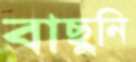
বাছুনি